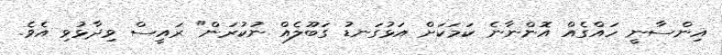
އިންސާނީ ހައްގެއް އޮންނާނެ ކަމަކަށް އަޅުގަނޑު ގަބޫލެއް ނުކުރަން" ރައީސް ވިދާޅުވި އެވެ.